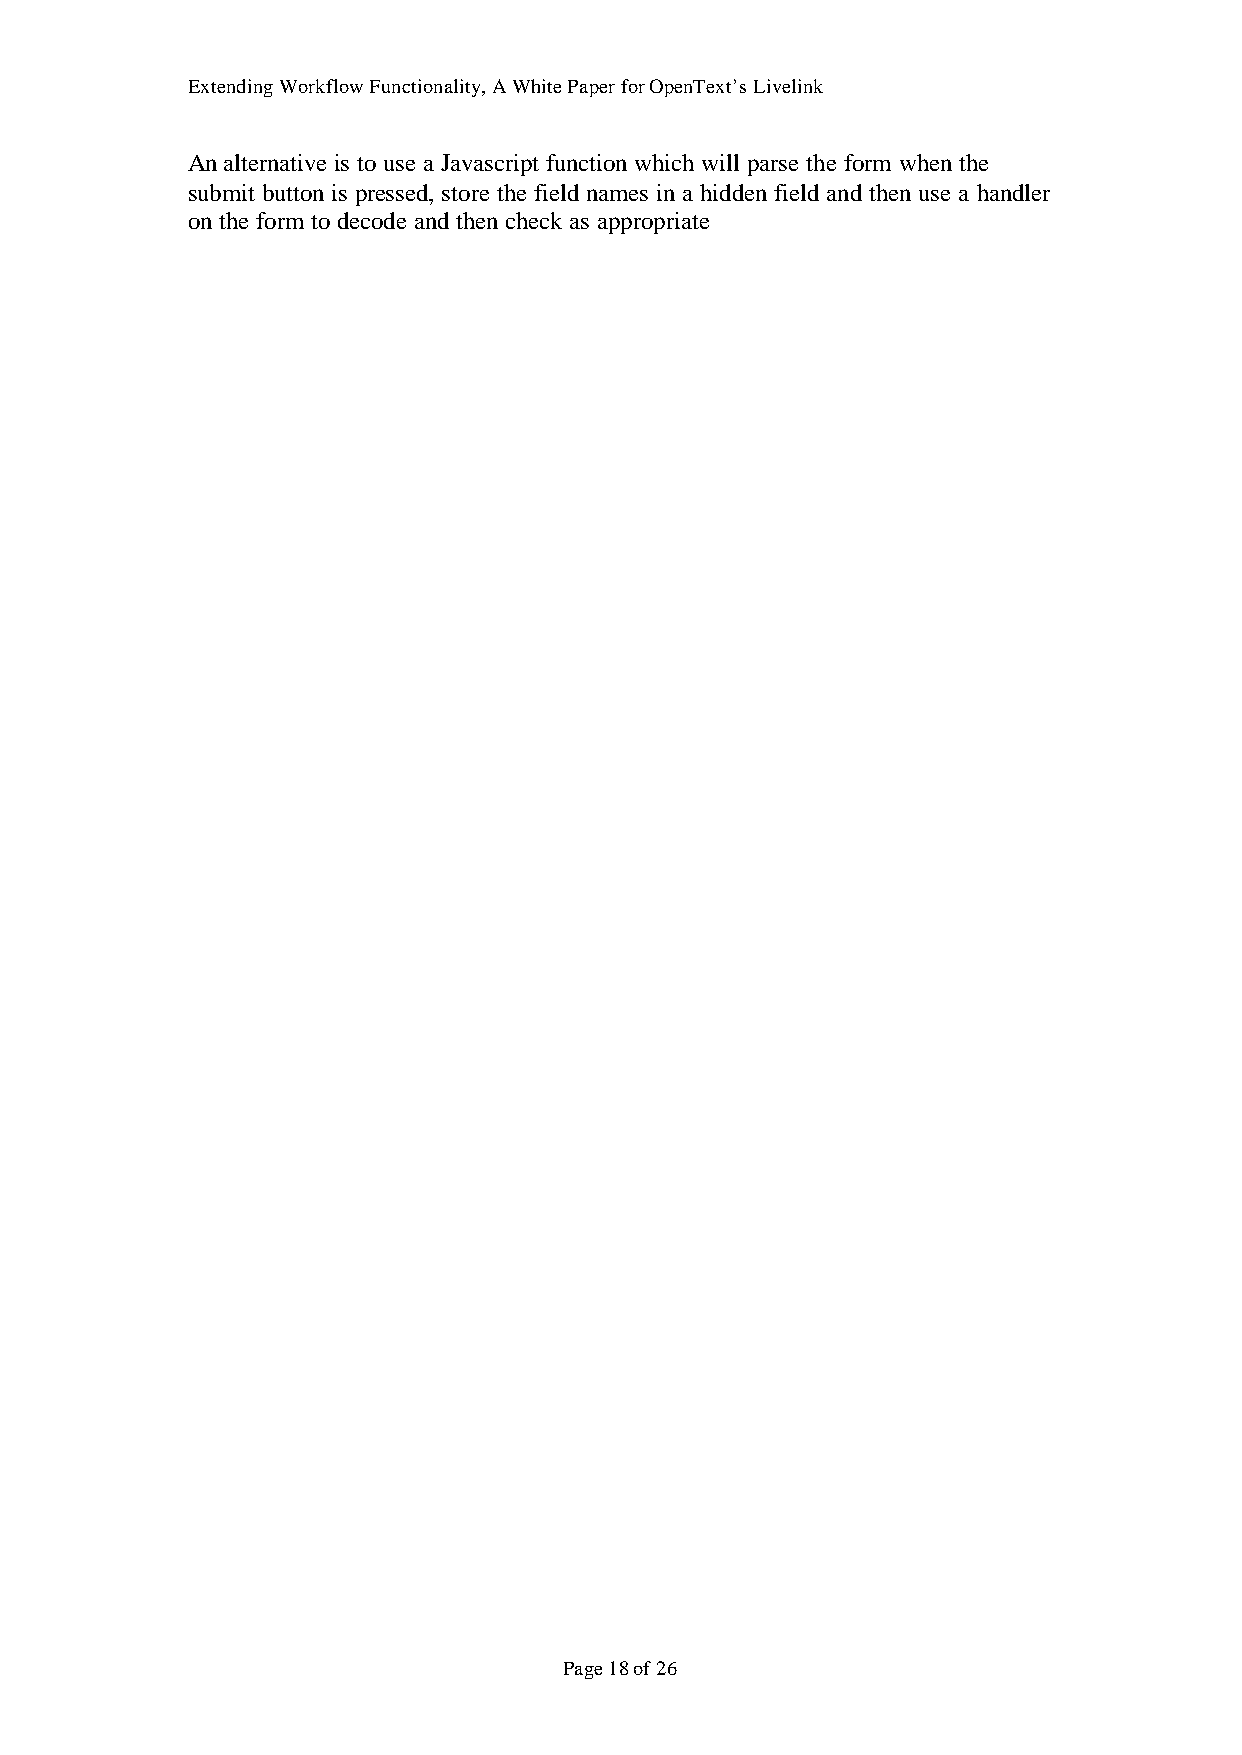
Extending Workflow Functionality, A White Paper for OpenText’s Livelink
 An alternative is to use a Javascript function which will parse the form when the
 submit button is pressed, store the field names in a hidden field and then use a handler
 on the form to decode and then check as appropriate
 Page 18 of 26